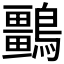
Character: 𪇏